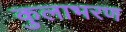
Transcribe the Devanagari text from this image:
कुलाभरण